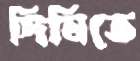
দিঘিতে